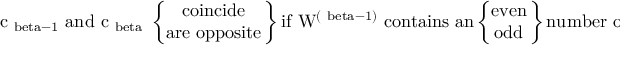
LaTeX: { \mathrm { ~ c _ { \ b e t a - 1 } ~ a n d ~ c _ { \ b e t a } ~ } } \left\{ \! \! \! \begin{array} { c } { { { \mathrm { c o i n c i d e } } } } \\ { { { \mathrm { a r e ~ o p p o s i t e } } } } \end{array} \! \! \right\} { \mathrm { i f ~ W ^ { ( \ b e t a - 1 ) } ~ c o n t a i n s ~ a n } } \left\{ \! \! \! \begin{array} { c } { { { \mathrm { e v e n } } } } \\ { { { \mathrm { o d d } } } } \end{array} \! \! \right\} { \mathrm { n u m b e r ~ o f ~ f a c t o r s ~ Y ~ , } }